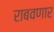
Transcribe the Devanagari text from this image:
राबवणार